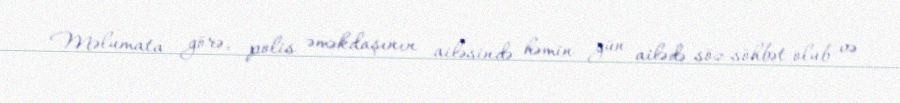
Məlumata görə, polis əməkdaşının ailəsində həmin gün ailədə söz-söhbət olub və